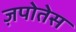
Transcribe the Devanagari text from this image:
ज़पोतेस